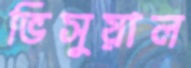
ভিসুয়াল